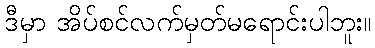
ဒီမှာ အိပ်စင်လက်မှတ်မရောင်းပါဘူး။